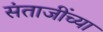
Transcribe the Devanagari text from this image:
संताजींच्या